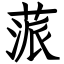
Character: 蒎